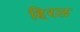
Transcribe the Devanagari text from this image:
हिरल